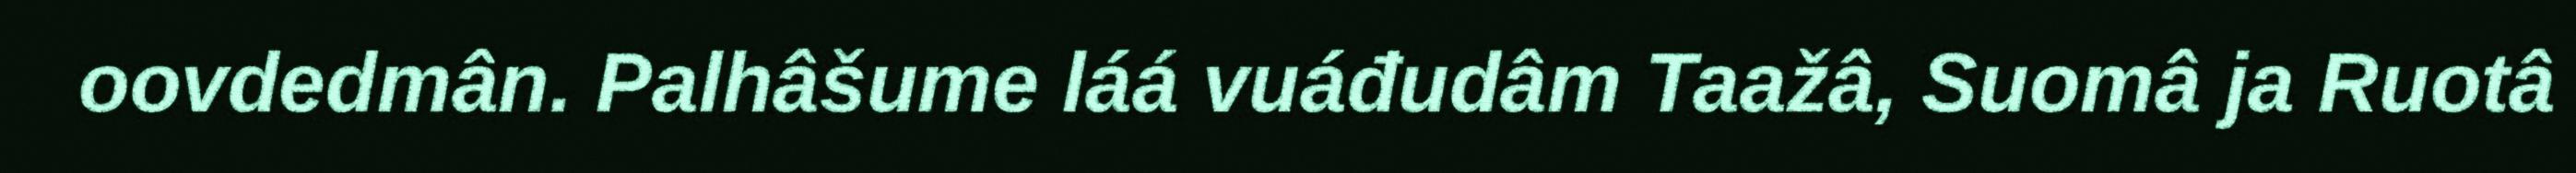
oovdedmân. Palhâšume láá vuáđudâm Taažâ, Suomâ ja Ruotâ